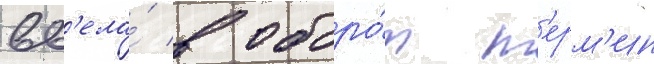
вв'ела́ в оборо́т т'ерм'ин